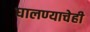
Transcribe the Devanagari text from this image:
घालण्‍याचेही